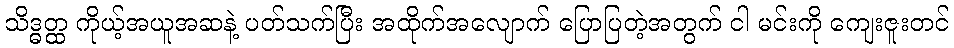
သိဒ္ဓတ္ထ ကိုယ့်အယူအဆနဲ့ ပတ်သက်ပြီး အထိုက်အလျောက် ပြောပြတဲ့အတွက် ငါ မင်းကို ကျေးဇူးတင်